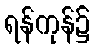
ရန်ကုန်၌